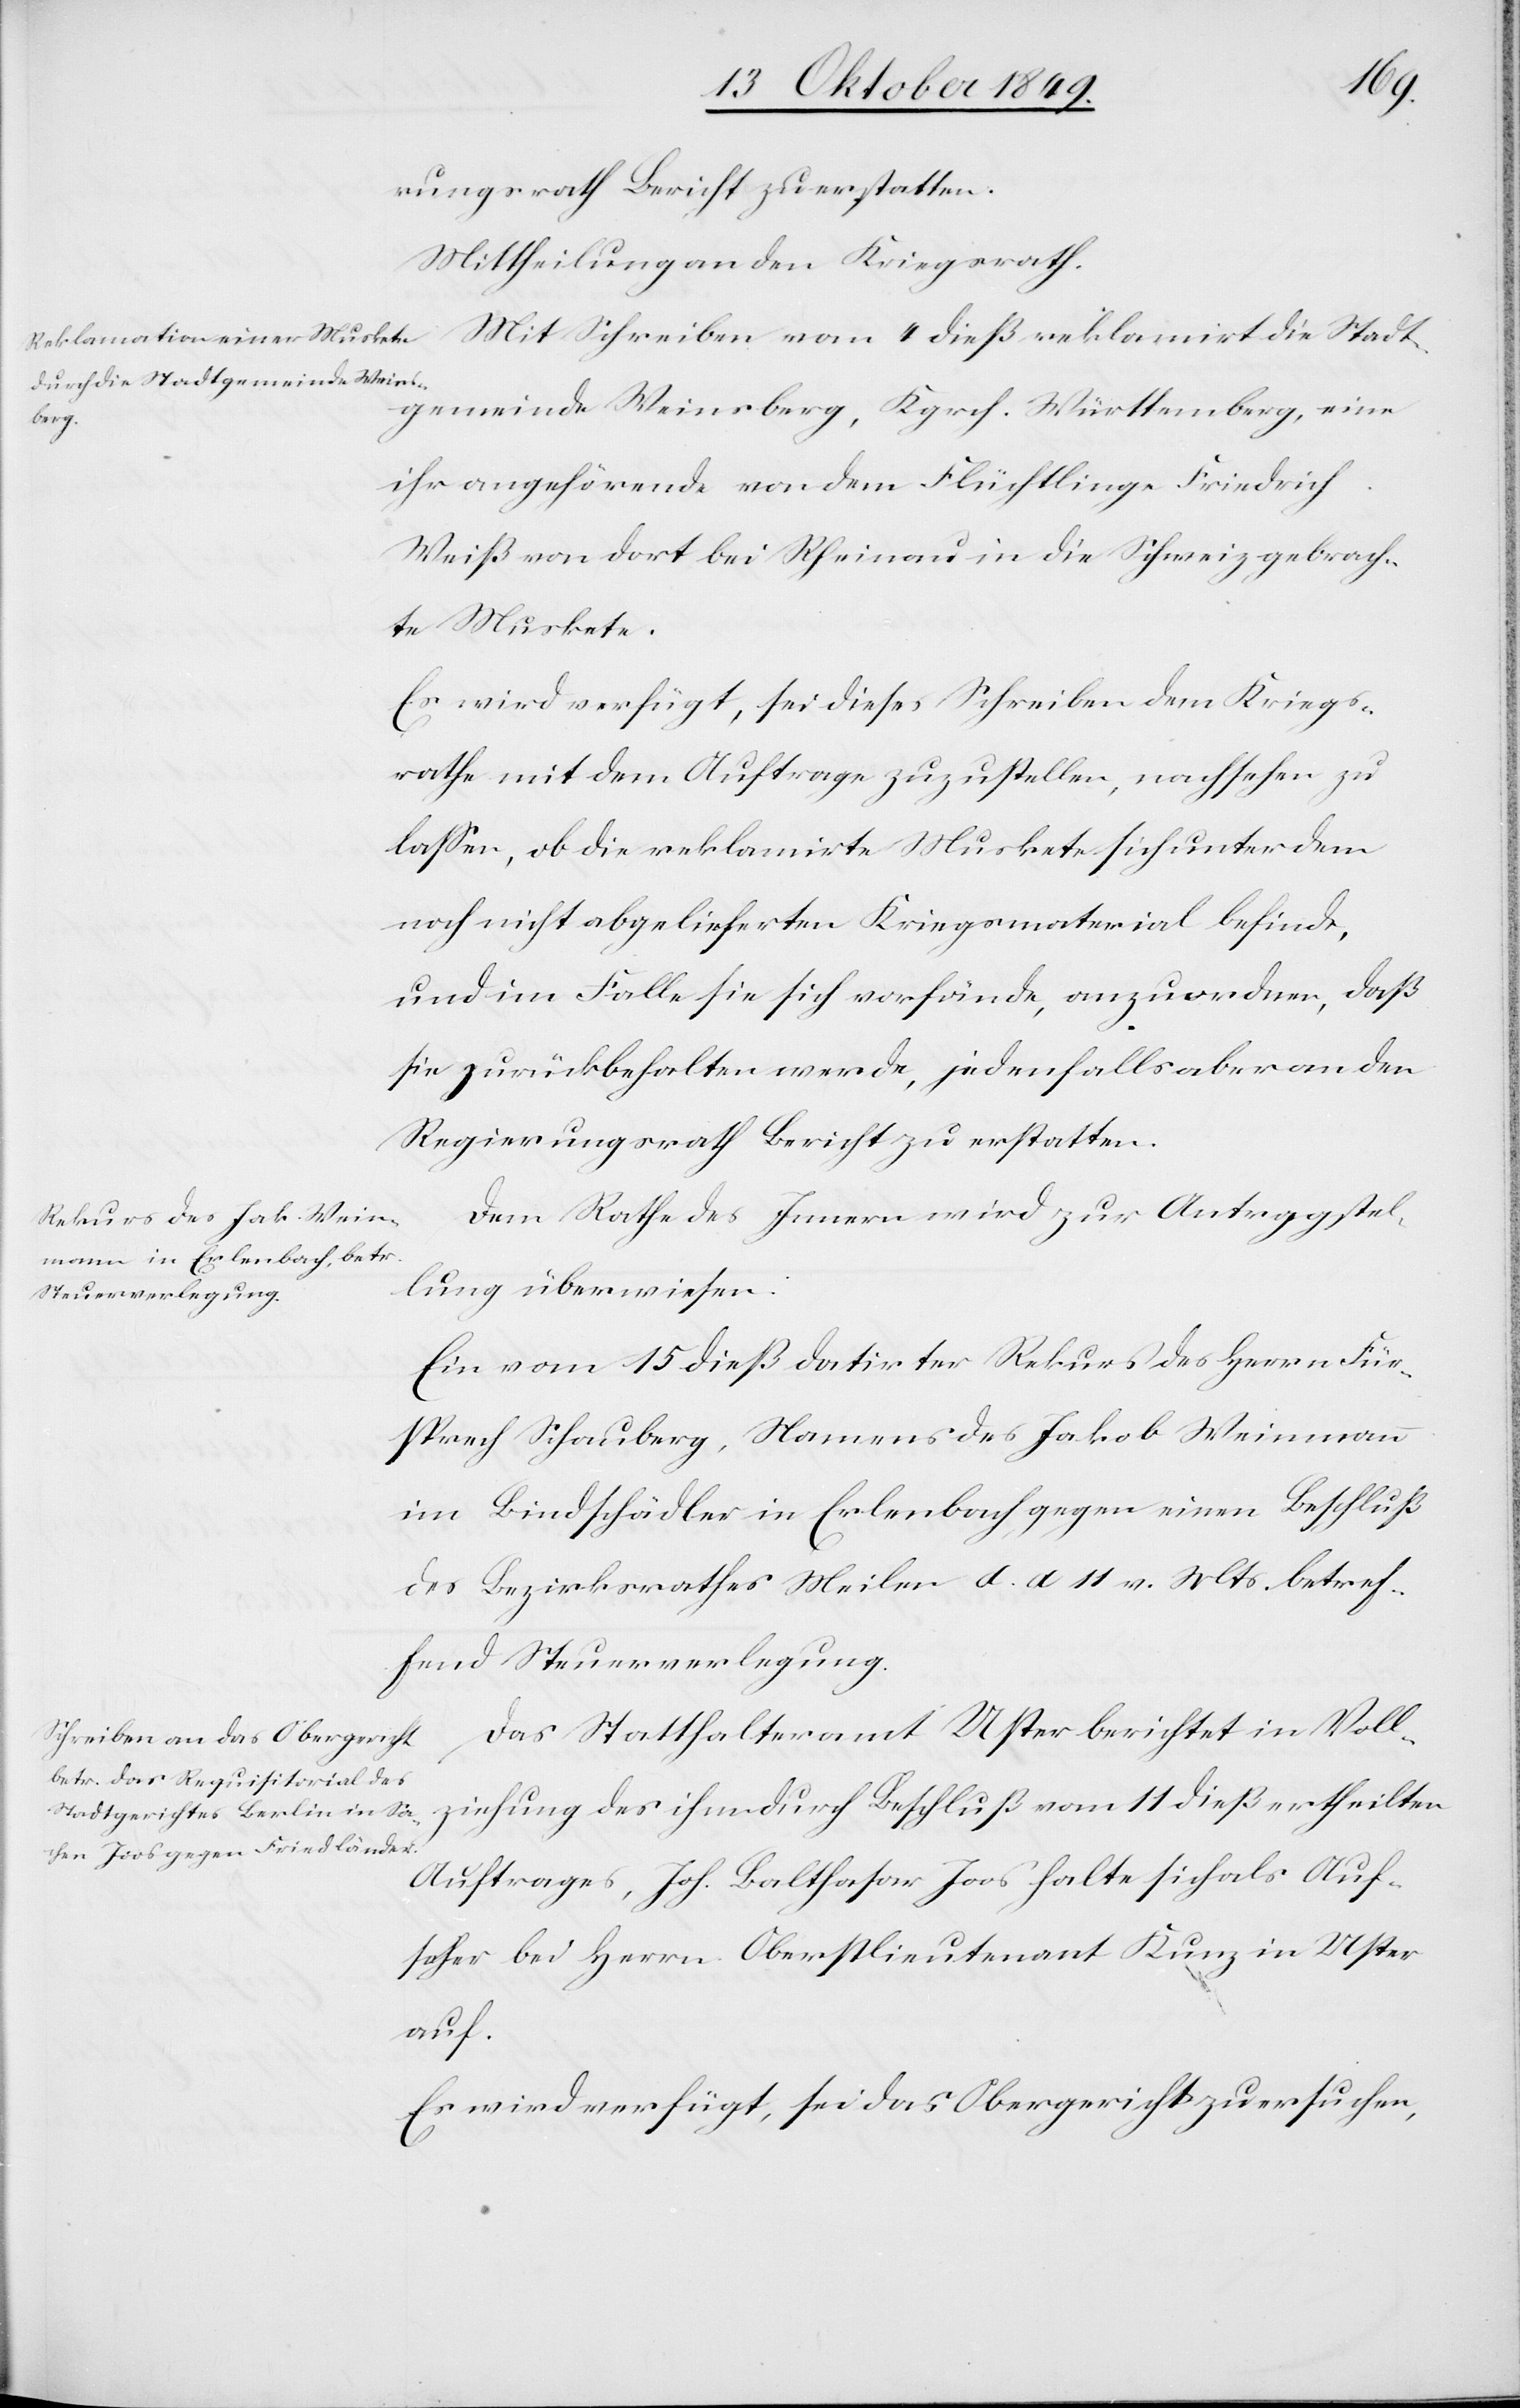
den
16 Oktober 1849.]
rungsrath Bericht zu erstatten.
Mittheilung an den Kriegsrath.
Mit Schreiben vom 4 dieß reklamirt die Stadt¬
gemeinde Weinsberg, Kgrch. Württemberg, eine
ihre angehörende von dem Flüchtlinge Friedrich
Weiß von dort bei Rheinau in die Schweiz gebrach¬
te Muskete.
Es wird verfügt, sei dieses Schreiben dem Kriegs¬
rathe mit dem Auftrage zuzustellen, nachsehen zu
laßen, ob die reklamirte Muskete sich unter dem
noch nicht abgelieferten Kriegsmaterial befinde,
und im Falle sie sich vorfände, anzuordnen, daß
sie zurückbehalten werde, jedenfalls aber an den
Regierungsrath Bericht zu erstatten.
Dem Rathe des Innern wird zur Antragstel¬
lung überwiesen:
Ein vom 15 dieß datirter Rekurs des Herrn Für¬
sprech Schauberg, Namens des Jakob Weimann
im Lindtschädler in Erlenbach gegen einen Beschluß
des Bezirksrathes Meilen d. d. 11 v. Mts. betref¬
fend Steuerverlegung.
Das Statthalteramt Uster berichtet in Voll¬
ziehung des ihm durch Beschluß vom 11 dieß ertheilten
Auftrages, Joh. Balthasar Joos halte sich als Auf¬
seher bei Herrn Oberstlieutnant Kunz in Uster
auf.
Es wird verfügt, sei das Obergericht zu ersuchen,